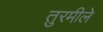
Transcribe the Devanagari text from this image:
तुरमीले